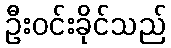
ဦးဝင်းခိုင်သည်